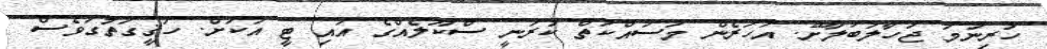
ހުރިނަމަ ޖަހާލަބަލާށޭ. އަހަރެން މަސައްކަތް ކުރަނީ ސްކޫލެއްގެ އައި ޓީ އަކަށް. ހަޤީގަތުގަވެސް